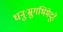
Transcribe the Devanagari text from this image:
धनुःस्रुगभिमेदुरे